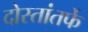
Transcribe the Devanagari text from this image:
दोस्तांतर्फे